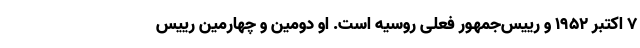
۷ اکتبر ۱۹۵۲ و رییس‌جمهور فعلی روسیه است. او دومین و چهارمین رییس